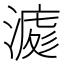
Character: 𣼀